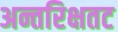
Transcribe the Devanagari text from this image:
अन्तरिक्षतट